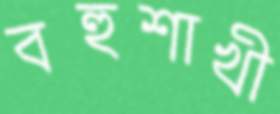
বহুশাখী